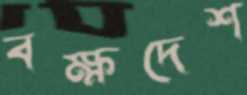
বক্ষদেশ